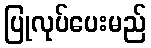
ပြုလုပ်ပေးမည်